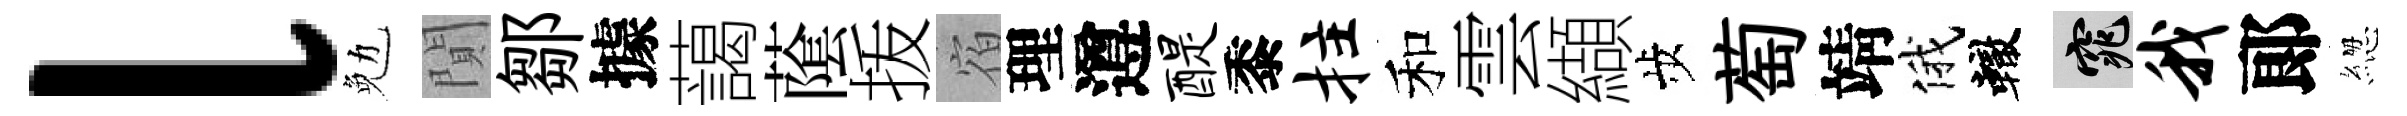
l勉閴鄒據藹䕃㧞宿理遵醍黍拄和雲纈歩萄靖俄轍窕我郞緫